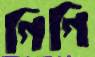
গিগি